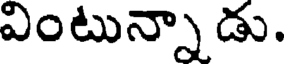
వింటున్నాడు.